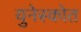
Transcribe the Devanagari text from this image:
युनेस्कोत